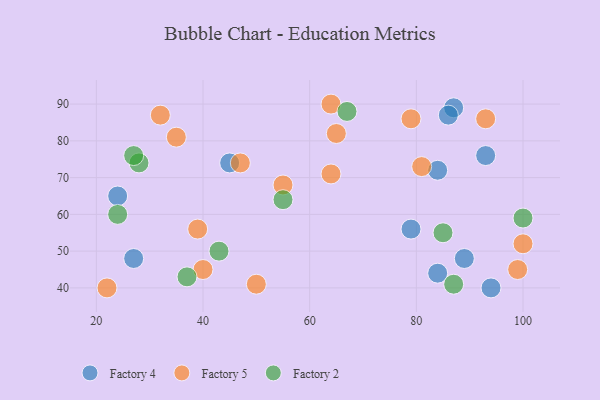
{"axis": {"x": "GDP", "y": "Life Expectancy"}, "legend": ["Factory 2", "Factory 4", "Factory 5"], "data": [{"x": "89", "y": 48, "type": "Factory 4"}, {"x": "45", "y": 74, "type": "Factory 4"}, {"x": "87", "y": 89, "type": "Factory 4"}, {"x": "79", "y": 56, "type": "Factory 4"}, {"x": "24", "y": 65, "type": "Factory 4"}, {"x": "84", "y": 44, "type": "Factory 4"}, {"x": "27", "y": 48, "type": "Factory 4"}, {"x": "84", "y": 72, "type": "Factory 4"}, {"x": "86", "y": 87, "type": "Factory 4"}, {"x": "94", "y": 40, "type": "Factory 4"}, {"x": "93", "y": 76, "type": "Factory 4"}, {"x": "93", "y": 86, "type": "Factory 5"}, {"x": "32", "y": 87, "type": "Factory 5"}, {"x": "64", "y": 71, "type": "Factory 5"}, {"x": "99", "y": 45, "type": "Factory 5"}, {"x": "64", "y": 90, "type": "Factory 5"}, {"x": "65", "y": 82, "type": "Factory 5"}, {"x": "40", "y": 45, "type": "Factory 5"}, {"x": "39", "y": 56, "type": "Factory 5"}, {"x": "22", "y": 40, "type": "Factory 5"}, {"x": "35", "y": 81, "type": "Factory 5"}, {"x": "100", "y": 52, "type": "Factory 5"}, {"x": "55", "y": 68, "type": "Factory 5"}, {"x": "79", "y": 86, "type": "Factory 5"}, {"x": "47", "y": 74, "type": "Factory 5"}, {"x": "81", "y": 73, "type": "Factory 5"}, {"x": "50", "y": 41, "type": "Factory 5"}, {"x": "87", "y": 41, "type": "Factory 2"}, {"x": "43", "y": 50, "type": "Factory 2"}, {"x": "67", "y": 88, "type": "Factory 2"}, {"x": "28", "y": 74, "type": "Factory 2"}, {"x": "24", "y": 60, "type": "Factory 2"}, {"x": "37", "y": 43, "type": "Factory 2"}, {"x": "55", "y": 64, "type": "Factory 2"}, {"x": "27", "y": 76, "type": "Factory 2"}, {"x": "100", "y": 59, "type": "Factory 2"}, {"x": "85", "y": 55, "type": "Factory 2"}]}